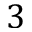
3